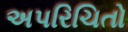
અપરિચિતો